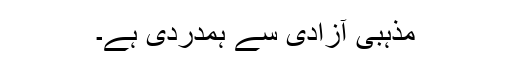
مذہبی آزادی سے ہمدردی ہے۔